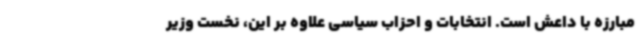
مبارزه با داعش است. انتخابات و احزاب سیاسی علاوه بر این، نخست وزیر